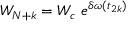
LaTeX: W _ { N + k } = W _ { c } \ e ^ { \delta \omega ( t _ { 2 k } ) }